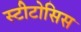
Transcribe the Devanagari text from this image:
स्टीटोसिस